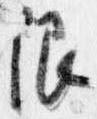
限